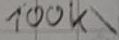
Text: 100k